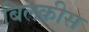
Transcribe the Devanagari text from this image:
बिलक़ीस